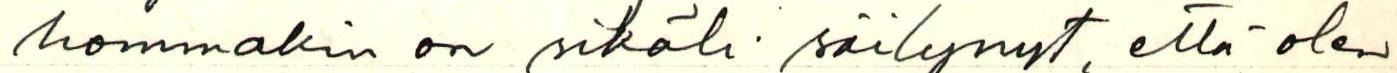
hommakin on sikäli säilynyt, että olen